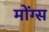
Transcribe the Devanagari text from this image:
मोंग्स